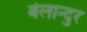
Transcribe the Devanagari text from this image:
बेलान्दुर